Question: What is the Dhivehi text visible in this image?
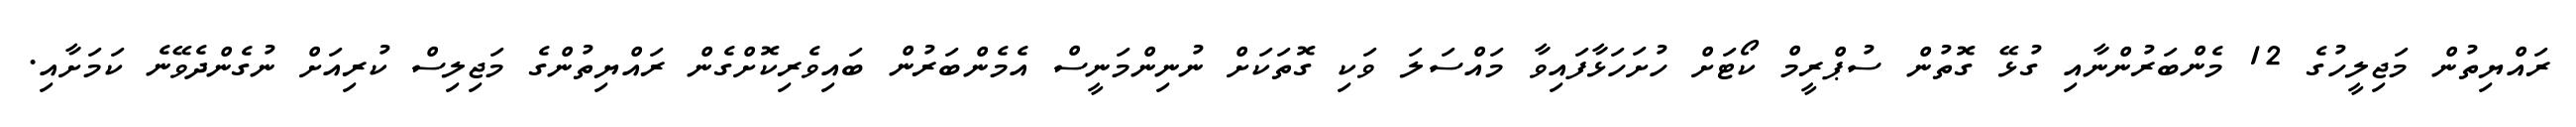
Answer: ރައްޔިތުން މަޖިލީހުގެ 12 މެންބަރުންނާއި ގުޅޭ ގޮތުން ސުޕްރީމް ކޯޓަށް ހުށަހަޅާފައިވާ މައްސަލަ ވަކި ގޮތަކަށް ނުނިންމަނީސް އެމެންބަރުން ބައިވެރިކޮށްގެން ރައްޔިތުންގެ މަޖިލިސް ކުރިއަށް ނުގެންދެވޭނެ ކަމަށާއި.